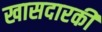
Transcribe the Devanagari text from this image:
खासदारकी